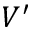
V ^ { \prime }